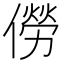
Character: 僗